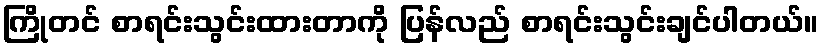
ကြိုတင် စာရင်းသွင်းထားတာကို ပြန်လည် စာရင်းသွင်းချင်ပါတယ်။